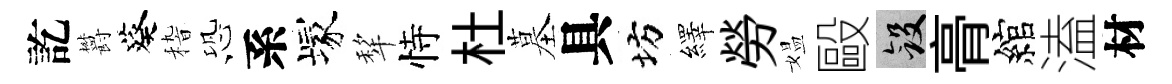
訖欝葵𥟵恐系塚犂恃杜墓具坊繹勞媪毆斂𮌔綰溘材